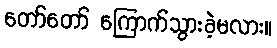
တော်တော် ကြောက်သွားခဲ့မလား။